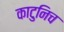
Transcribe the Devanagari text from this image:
काटुनिच